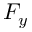
F _ { y }